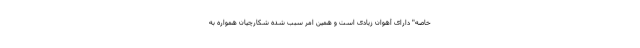
خاصه" دارای آهوان زیادی است و همین امر سبب شده شکارچیان همواره به